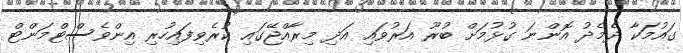
ގައުމަކާ ދެމެދު އޮންނަ ގުޅުމަށް ބުރޫ އަރުވައި އަދި މިރާއްޖޭގައި ކުރެވިފައިހުރި އިންވެސްޓްމަންޓް